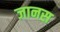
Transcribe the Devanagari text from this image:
जानस